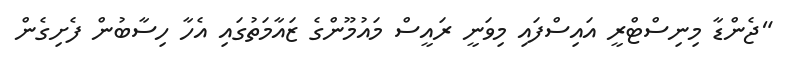
"ޖެންޑާ މިނިސްޓްރީ އައިސްފައި މިވަނީ ރައީސް މައުމޫންގެ ޒައާމަތުގައި އެހާ ހިސާބުން ފެށިގެން